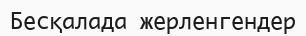
Бесқалада жерленгендер